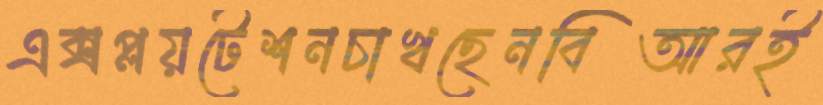
এক্সপ্লয়টেশনচাখছেনবিআরই